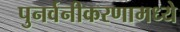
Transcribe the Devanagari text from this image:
पुनर्वनीकरणामध्ये